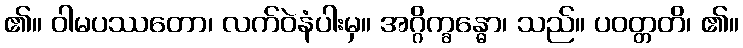
၏။ ဝါမပဿတော၊ လက်ဝဲနံပါးမှ။ အဂ္ဂိက္ခန္ဓော၊ သည်။ ပဝတ္တတိ၊ ၏။